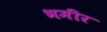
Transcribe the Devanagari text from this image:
भमीर